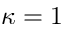
\kappa = 1